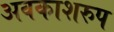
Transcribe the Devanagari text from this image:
अवकाशरुप